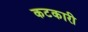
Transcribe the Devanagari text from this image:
कटकारी